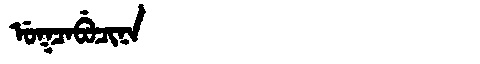
Manchu: ᡠᡴᠴᠠᠪᡠᠴᡳᠨᠠ
Romanization: UKCABUCINA